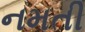
નમતી